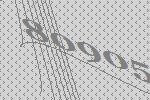
80905